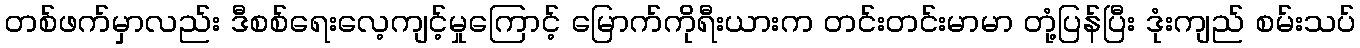
တစ်ဖက်မှာလည်း ဒီစစ်ရေးလေ့ကျင့်မှုကြောင့် မြောက်ကိုရီးယားက တင်းတင်းမာမာ တုံ့ပြန်ပြီး ဒုံးကျည် စမ်းသပ်